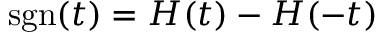
\mathrm { s g n } ( t ) = H ( t ) - H ( - t )